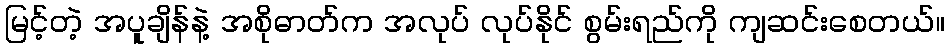
မြင့်တဲ့ အပူချိန်နဲ့ အစိုဓာတ်က အလုပ် လုပ်နိုင် စွမ်းရည်ကို ကျဆင်းစေတယ်။